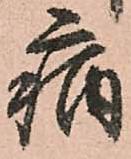
病